Scottish Leaving Certificate Examination, 1960
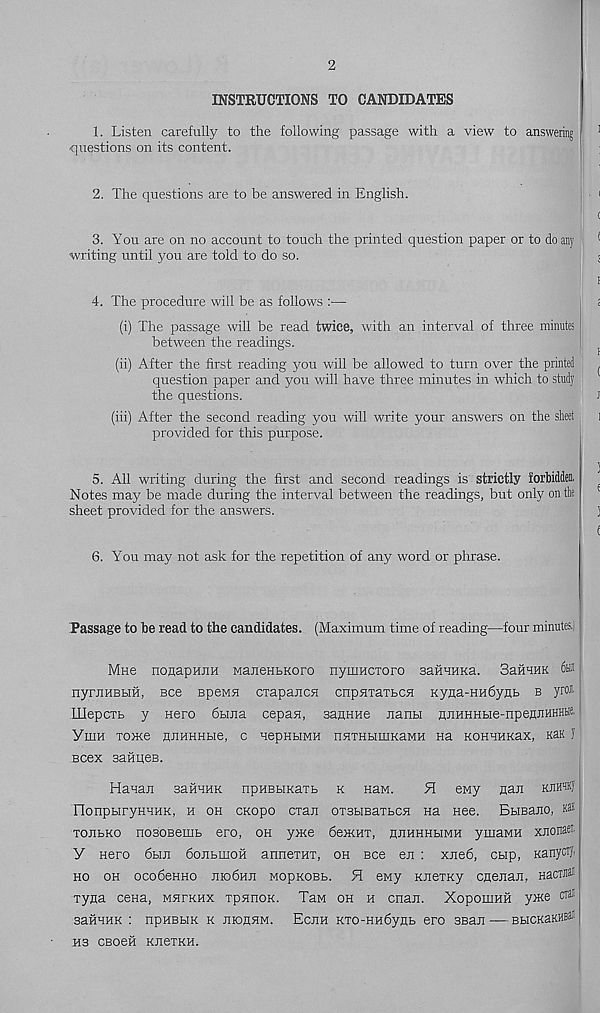
2
INSTRUCTIONS TO CANDIDATES
1. Listen carefully to the following passage with a view to answering
questions on its content.
2. The questions are to be answered in English.
3. You are on no account to touch the printed question paper or to do any
writing until you are told to do so.
4. The procedure will be as follows :—
(i) The passage will be read twice, with an interval of three minutes
between the readings.
(ii) After the first reading you will be allowed to turn over the printed
question paper and you will have three minutes in which to study
the questions.
(iii) After the second reading you will write your answers on the sheet
provided for this purpose.
5. All writing during the first and second readings is strictly forbidden.
Notes may be made during the interval between the readings, but only on the
sheet provided for the answers.
6. You may not ask for the repetition of any word or phrase.
Passage to be read to the candidates. (Maximum time of reading—four minutes,i
Mne nogapHiiH ManeHbKoro nyuiHcxoro samuKa. Samm 6ffl
nyrjiHBHH, Bee BpeMH cxapajicH cnpjixaxbcfl Kyua-Hudynb b yr®
LUepcxb y Hero 6buia cepan, sanHHe nanbi gjiHHHHe-npeflJiHHHbie.
Ymn xome HJiHHHbie, c uepHHMH HHXHbimKaMH Ha KOHHHKax, Kan J
Bcex saHiyeB.
Hauaji saiiHHK npuBHKaxb k Haw.
H eMy flan kjhxkJ
llonpbiryHHHK, h oh cKopo cxan oxsbiBaxbCH Ha nee. BbiBano, nas
xonbKO nosoBenib ero, oh yxie dexiHX, gJiHHHbiMH ymawn xxonaet,,
Y Hero 6hji dojibrnofi annexnx, oh see en : xne6, chip, Kany®l>
ho oh ocobeHHO nioGvin MopKOBb. 51 ewy KJiexKy cnenaji, HacTJi®
xyna ceHa, mhxkhx xpsinoK. TaM oh h cnan. XopomHH ywe crai
saHHHK : npHBbiK k jiiouhm. Ecjih Kxo-HH6yHb ero 3Bair — BbicKaKHBat
ns cboch KJiexKH.